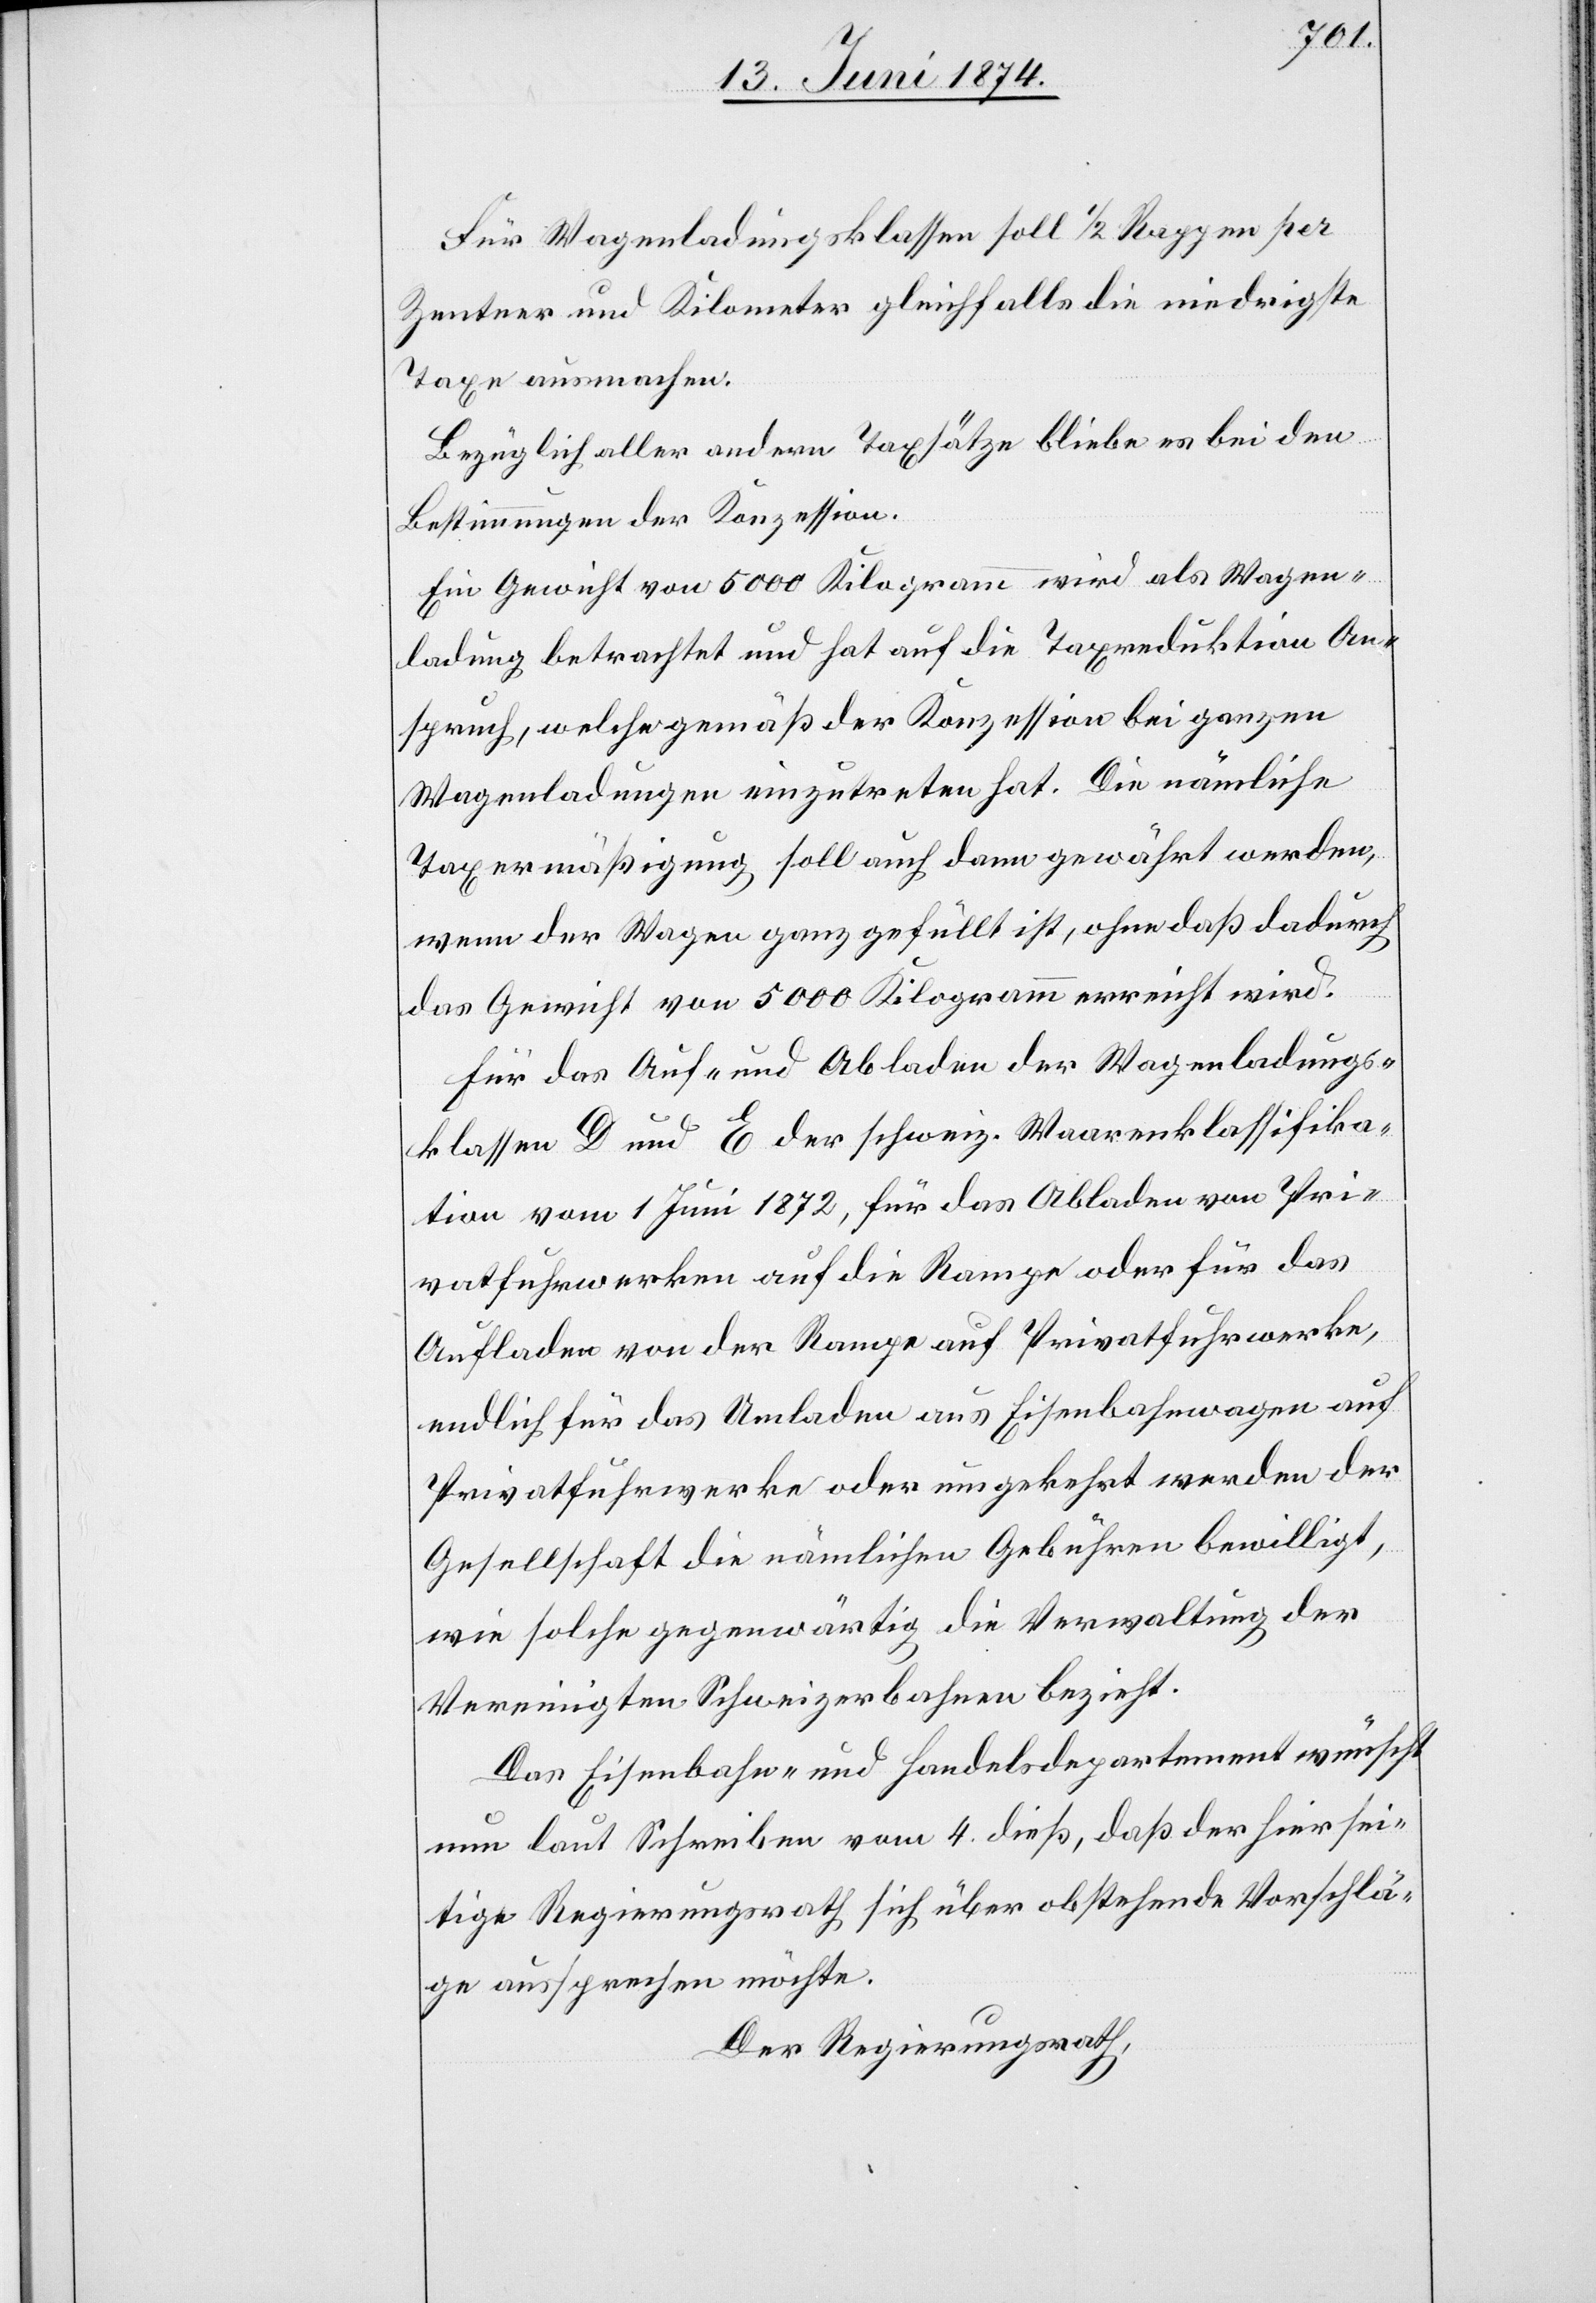
Für Wagenladungsklassen soll 1/2 Rappen per
Zentner und Kilometer gleichfalls die niedrigste
Taxe ausmachen.
Bezüglich aller andern Taxsätzen bliebe es bei den
Bestimmungen der Konzession.
Ein Gewicht von 5000 Kilogramm wird als Wagen¬
ladung betrachtet und hat auf die Taxreduktion An¬
spruch, welche gemäß der Konzession bei ganzen
Wagenladungen einzutreten hat. Die nämliche
Taxermäßigung soll auch dann gewährt werden,
wenn der Wagen ganz gefüllt ist, ohne daß dadurch
das Gewicht von 5000 Kilogramm erreicht wird.
Für das Auf- und Abladen der Wagenladungs¬
klassen D und E der schweiz. Waarenklassifika¬
tion vom 1. Juni 1872, für das Abladen von Pri¬
vatfuhrwerken auf die Rampe oder für das
Aufladen von der Rampe auf Privatfuhrwerke,
endlich für das Umladen aus Eisenbahnwagen auf
Privatfuhrwerke oder umgekehrt werden der
Gesellschaft die nämlichen Gebühren bewilligt,
wie solche gegenwärtig die Verwaltung der
Vereinigten Schweizerbahnen bezieht.
Das Eisenbahn- und Handelsdepartement wünscht
nun laut Schreiben vom 4. dieß, daß der hiersei¬
tige Regierungsrath sich über obstehende Vorschlä¬
ge aussprechen möchte.
Der Regierungsrath,